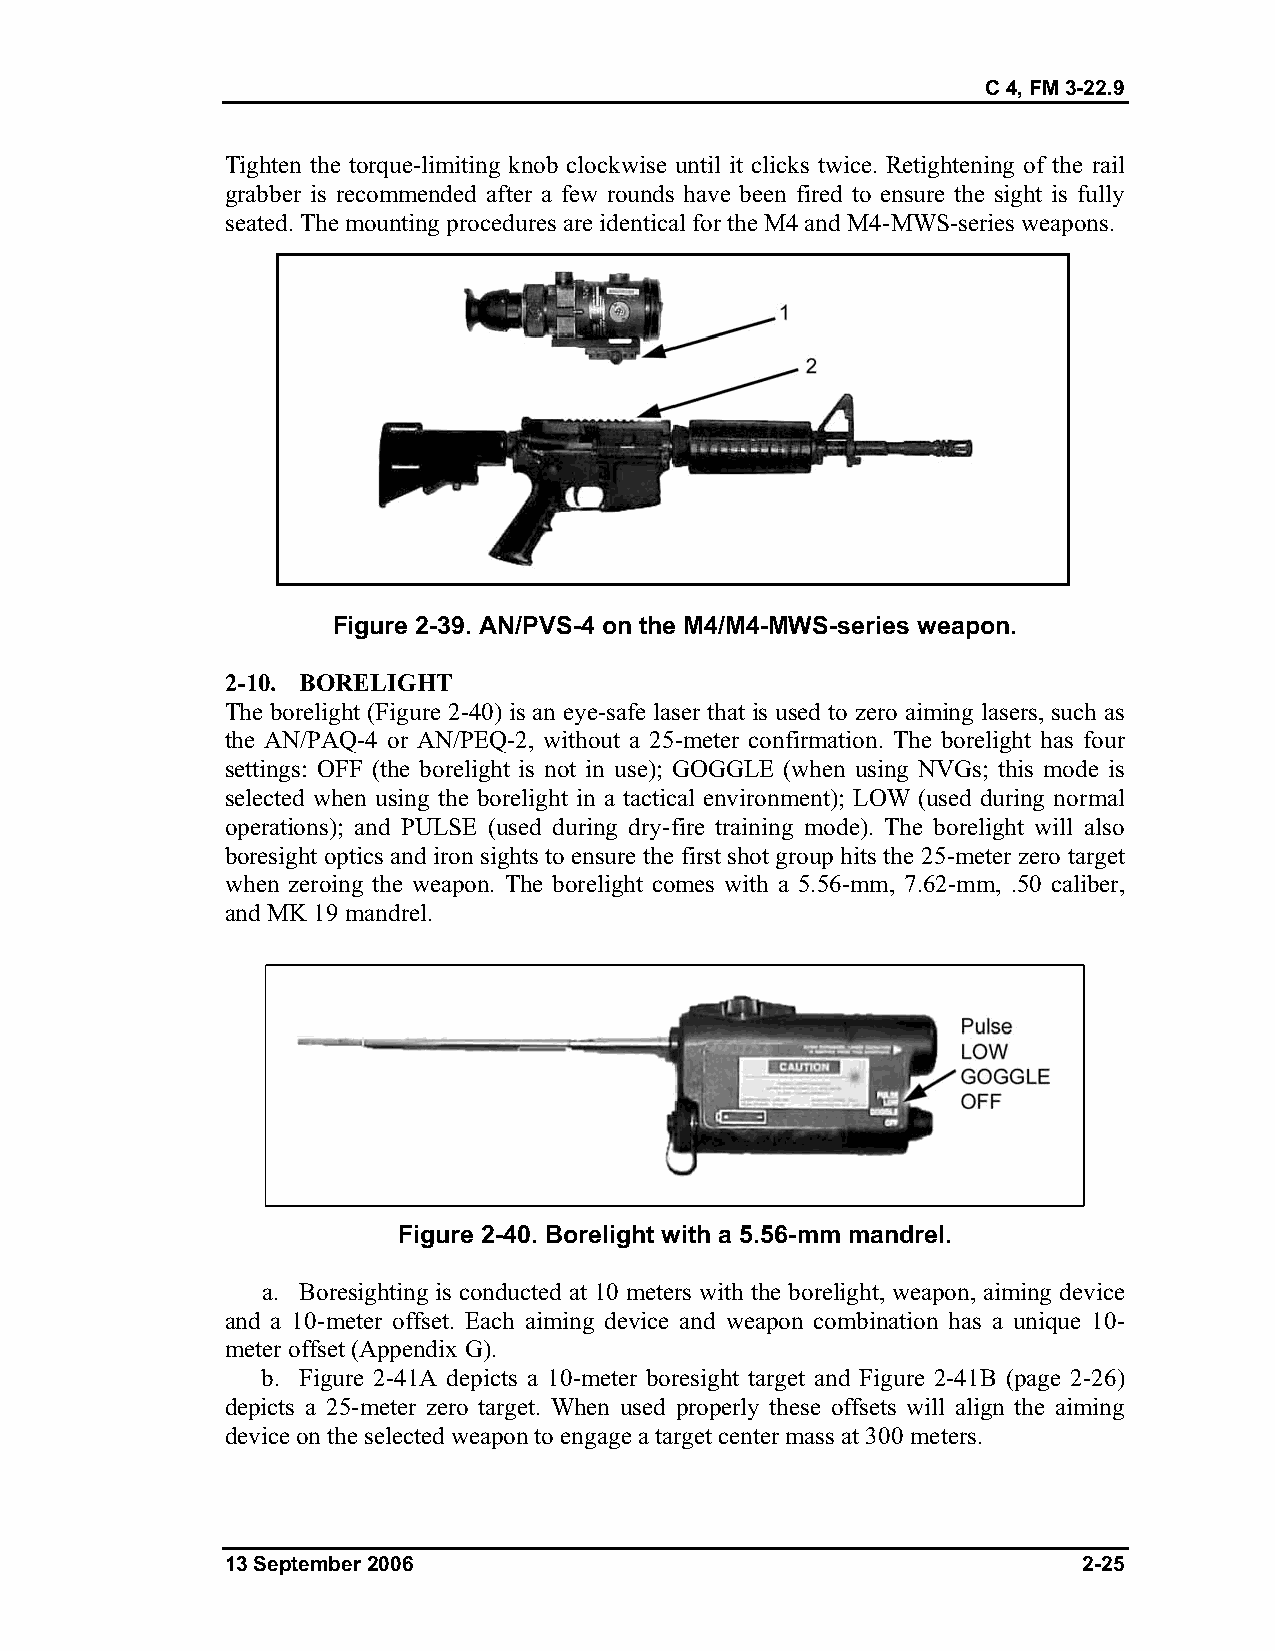
C 4, FM 3-22.9
 Tighten the torque-limiting knob clockwise until it clicks twice. Retightening of the rail
 grabber is recommended after a few rounds have been fired to ensure the sight is fully
 seated. The mounting procedures are identical for the M4 and M4-MWS-series weapons.
 Figure 2-39. AN/PVS-4 on the M4/M4-MWS-series weapon.
 2-10. BORELIGHT
 The borelight (Figure 2-40) is an eye-safe laser that is used to zero aiming lasers, such as
 the AN/PAQ-4 or AN/PEQ-2, without a 25-meter confirmation. The borelight has four
 settings: OFF (the borelight is not in use); GOGGLE (when using NVGs; this mode is
 selected when using the borelight in a tactical environment); LOW (used during normal
 operations); and PULSE (used during dry-fire training mode). The borelight will also
 boresight optics and iron sights to ensure the first shot group hits the 25-meter zero target
 when zeroing the weapon. The borelight comes with a 5.56-mm, 7.62-mm, .50 caliber,
 and MK 19 mandrel.
 Figure 2-40. Borelight with a 5.56-mm mandrel.
 a. Boresighting is conducted at 10 meters with the borelight, weapon, aiming device
 and a 10-meter offset. Each aiming device and weapon combination has a unique 10-
 meter offset (Appendix G).
 b. Figure 2-41A depicts a 10-meter boresight target and Figure 2-41B (page 2-26)
 depicts a 25-meter zero target. When used properly these offsets will align the aiming
 device on the selected weapon to engage a target center mass at 300 meters.
 13 September 2006                                        2-25